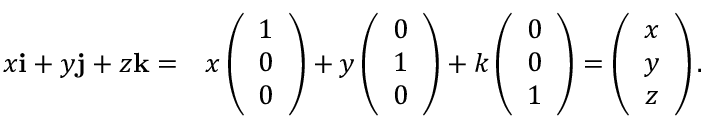
\begin{array} { r l } { x { \mathbf i } + y { \mathbf j } + z { \mathbf k } = } & { { } x \left( \begin{array} { c } { 1 } \\ { 0 } \\ { 0 } \end{array} \right) + y \left( \begin{array} { c } { 0 } \\ { 1 } \\ { 0 } \end{array} \right) + k \left( \begin{array} { c } { 0 } \\ { 0 } \\ { 1 } \end{array} \right) = \left( \begin{array} { c } { x } \\ { y } \\ { z } \end{array} \right) . } \end{array}